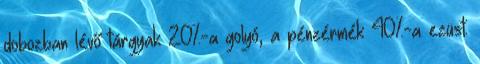
dobozban lévő tárgyak 20%-a golyó, a pénzérmék 40%-a ezüst.